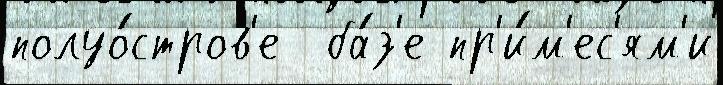
полуо́стров'е  ба́з'е пр'и́м'ес'ям'и